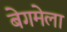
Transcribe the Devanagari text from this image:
बेगमेला